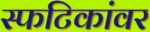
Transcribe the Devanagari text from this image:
स्फटिकांवर